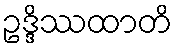
ဥဒ္ဒိဿထာတိ